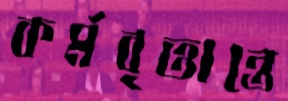
কর্মবৃত্তান্তে